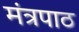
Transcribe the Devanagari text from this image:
मंत्रपाठ